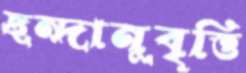
ছন্দানুবৃত্তি